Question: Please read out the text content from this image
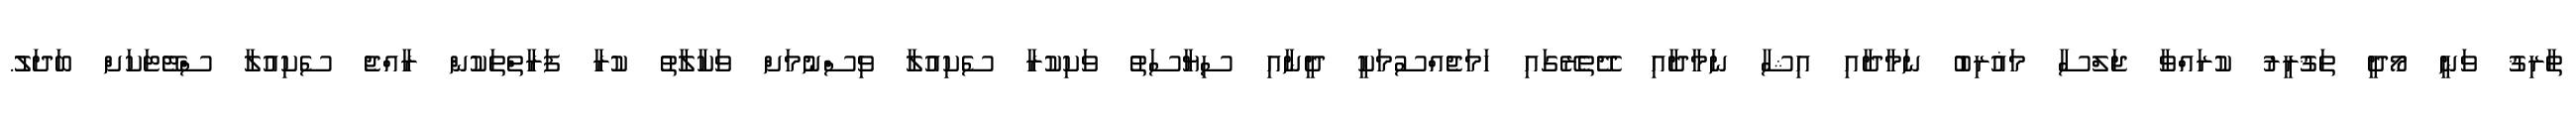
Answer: ޠާރިޤު ވަނީ މޯދީ ތަޤުރީރު ކުރައްވާ ޖަލްސާ މަޣުރިބު ނަމާދާއި އިޝާ ނަމާދާއި ދޭތެރޭގައި ހަމަޖެއްސުމަކީ ދީނާއި ސިޔާސަތު ވަކިކުރާ ސެކިއުލާ ވިސްނުމަށް ވަކާލާތު ކުރާ ފަރާތްތަކުން ރާއްޖެ ސެކިއުލާ ސްޓޭޓަކަށް ބަދަލު.